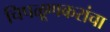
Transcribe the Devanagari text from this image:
चिपळूणकरांचा